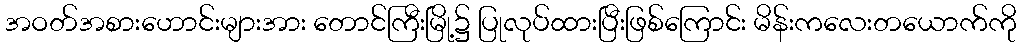
အဝတ်အစားဟောင်းများအား တောင်ကြီးမြို့၌ ပြုလုပ်ထားပြီးဖြစ်ကြောင်း မိန်းကလေးတယောက်ကို